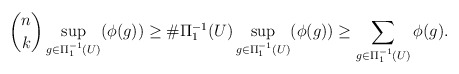
\begin{align*} \binom{n}{k}\sup_{g\in\Pi_1^{-1}(U)}(\phi(g))\geq \#\Pi_1^{-1}(U)\sup_{g\in\Pi_1^{-1}(U)}(\phi(g))\geq\sum_{g\in\Pi_1^{-1}(U)}\phi(g).\end{align*}